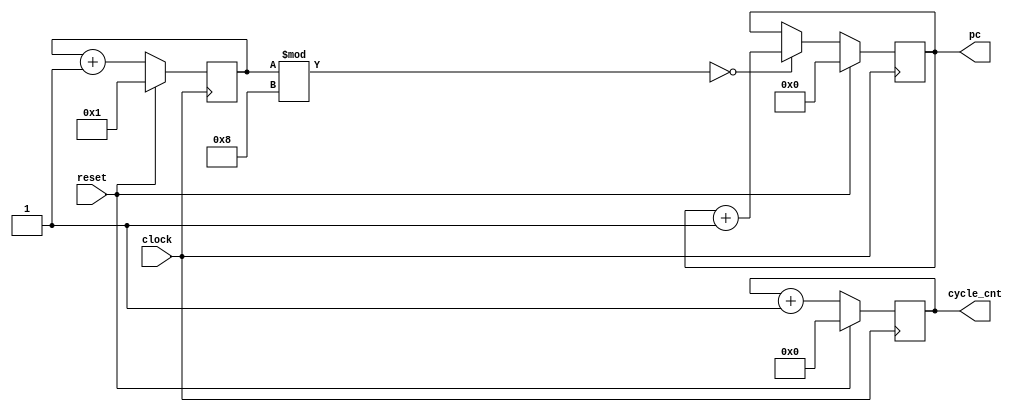
`define TICK_SIZE    ('d128) // 128 bits
`define MEM_SIZE     ('d10)  // 10 bits
`define IR_SIZE      ('d32)  // 32 bits
`define IR_SIZE_BYTE ('d4)   // 32 bits = 4 bytes
`define IR_CYCLE     ('d8)

module pc_tick(pc, cycle_cnt, reset, clock);

  // interface
  input clock;
  input reset;
  output [`MEM_SIZE-1:0] pc;
  output [`TICK_SIZE-1:0] cycle_cnt;

  reg [`MEM_SIZE-1:0] pc;
  reg [`TICK_SIZE-1:0] cycle_cnt;
  
  // internal
  reg [`TICK_SIZE-1:0] internal_cycle_cnt;

  always @(negedge clock) begin
    if (reset) begin
      cycle_cnt <= 0;
    end else begin
      cycle_cnt <= cycle_cnt + 1;
    end
  end

  always @(negedge clock) begin
    if (reset) begin
      internal_cycle_cnt <= 1;
    end else begin
      internal_cycle_cnt <= internal_cycle_cnt + 1;
    end
  end

  always @(negedge clock) begin
    if (reset) begin
      pc <= 0;
    end else begin
      if ((internal_cycle_cnt % `IR_CYCLE) == 0) begin
        pc <= pc + 1; 
      end else begin
        pc <= pc;
      end
    end
  end

endmodule